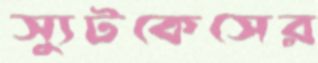
স্যুটকেসের